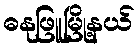
ဓနုဖြူမြို့နယ်